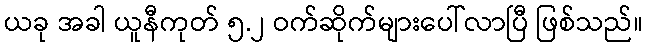
ယခု အခါ ယူနီကုတ် ၅.၂ ဝက်ဆိုက်များပေါ်လာပြီ ဖြစ်သည်။